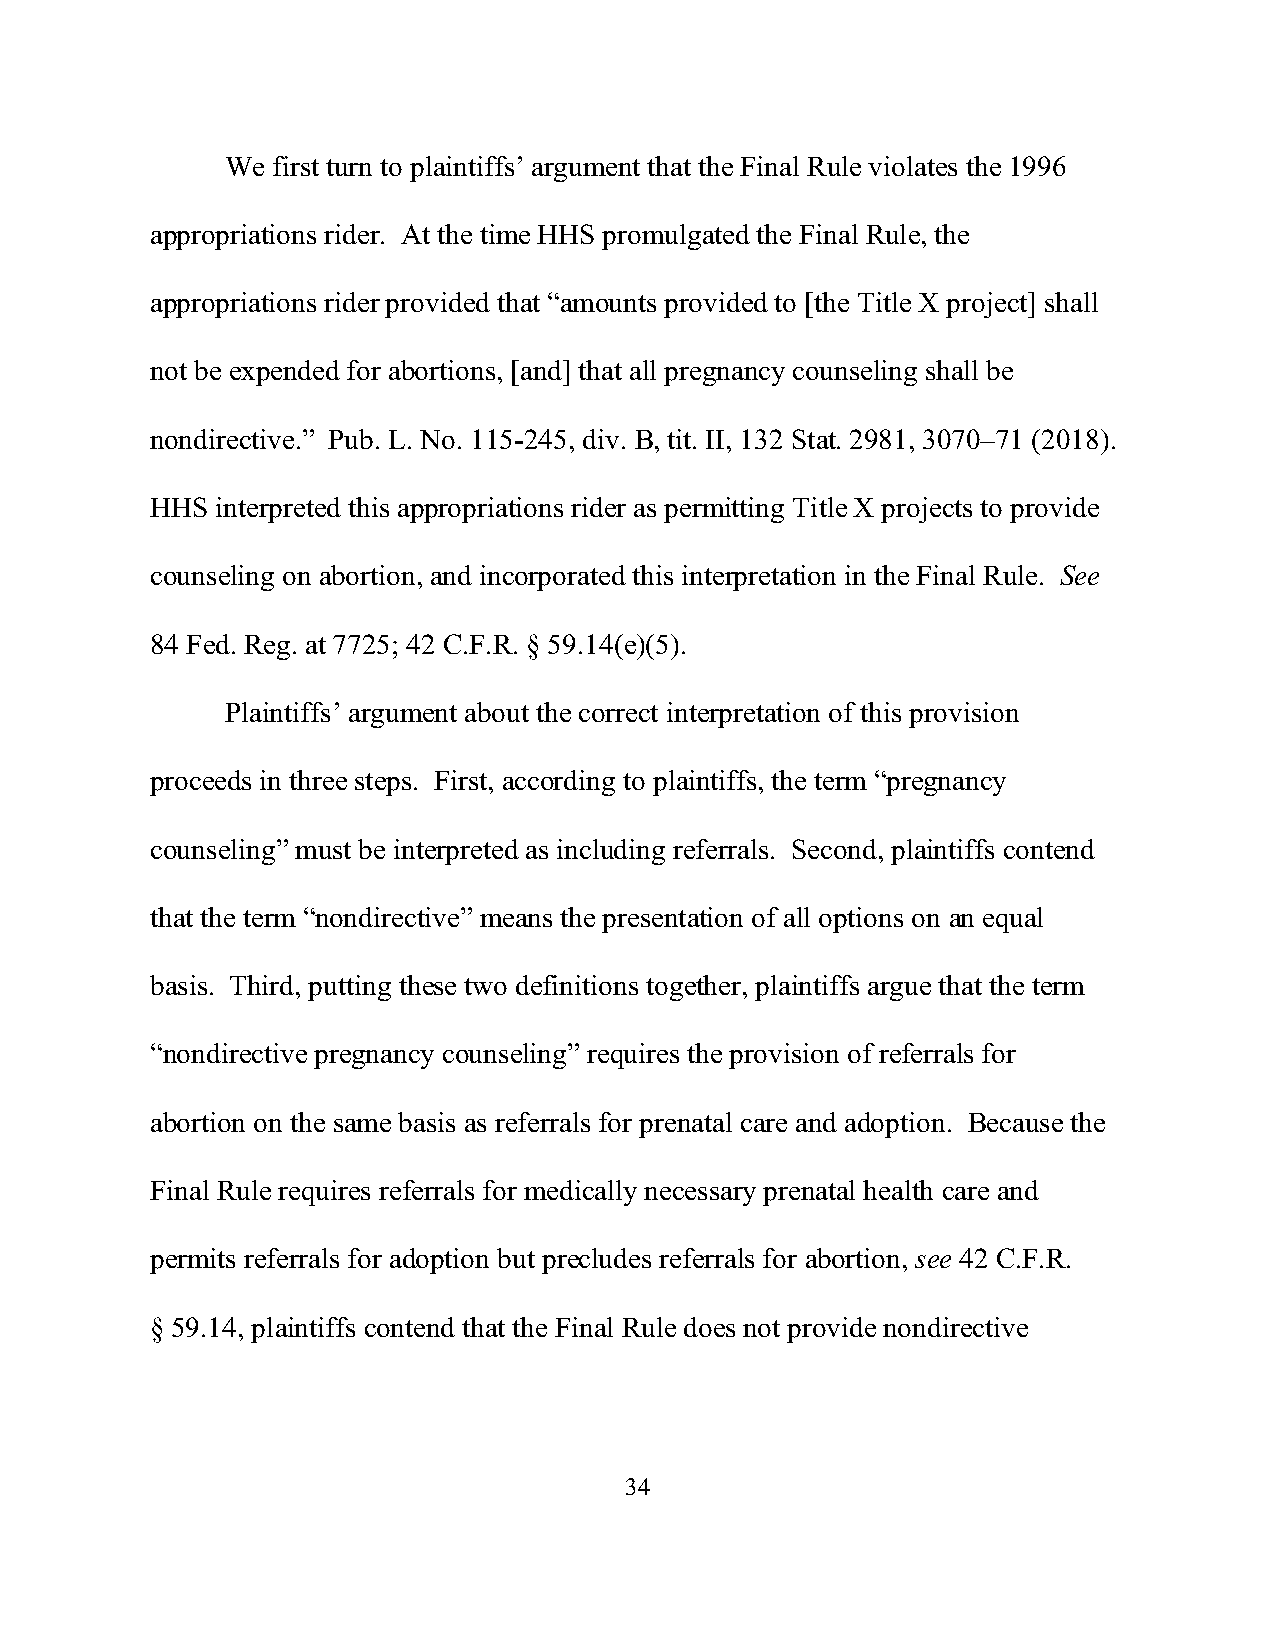
We first turn to plaintiffs’ argument that the Final Rule violates the 1996
 appropriations rider. At the time HHS promulgated the Final Rule, the
 appropriations rider provided that “amounts provided to [the Title X project] shall
 not be expended for abortions, [and] that all pregnancy counseling shall be
 nondirective.” Pub. L. No. 115-245, div. B, tit. II, 132 Stat. 2981, 3070–71 (2018).
 HHS interpreted this appropriations rider as permitting Title X projects to provide
 counseling on abortion, and incorporated this interpretation in the Final Rule. See
 84 Fed. Reg. at 7725; 42 C.F.R. § 59.14(e)(5).
 Plaintiffs’ argument about the correct interpretation of this provision
 proceeds in three steps. First, according to plaintiffs, the term “pregnancy
 counseling” must be interpreted as including referrals. Second, plaintiffs contend
 that the term “nondirective” means the presentation of all options on an equal
 basis. Third, putting these two definitions together, plaintiffs argue that the term
 “nondirective pregnancy counseling” requires the provision of referrals for
 abortion on the same basis as referrals for prenatal care and adoption. Because the
 Final Rule requires referrals for medically necessary prenatal health care and
 permits referrals for adoption but precludes referrals for abortion, see 42 C.F.R.
 § 59.14, plaintiffs contend that the Final Rule does not provide nondirective
 34